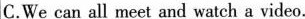
C.We can all meet and watch a video.